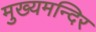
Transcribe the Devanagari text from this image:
मुख्यमन्दिर